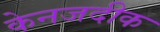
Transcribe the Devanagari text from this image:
केनजदीक